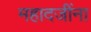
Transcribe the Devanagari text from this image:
महादजींना